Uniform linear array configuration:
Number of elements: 32
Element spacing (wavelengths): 0.5
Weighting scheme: hann
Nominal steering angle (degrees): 45
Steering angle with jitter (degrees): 43.475
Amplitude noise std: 0.05
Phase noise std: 0.05

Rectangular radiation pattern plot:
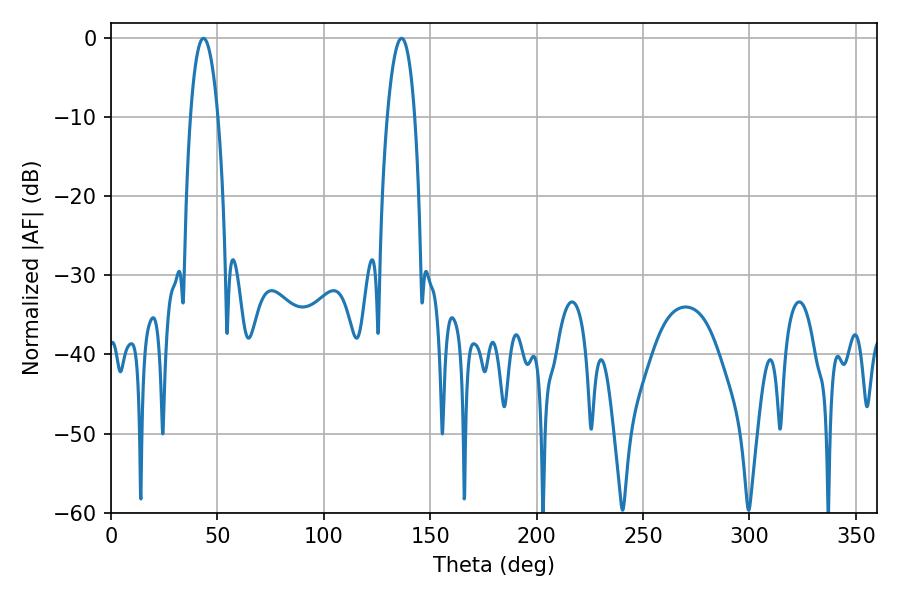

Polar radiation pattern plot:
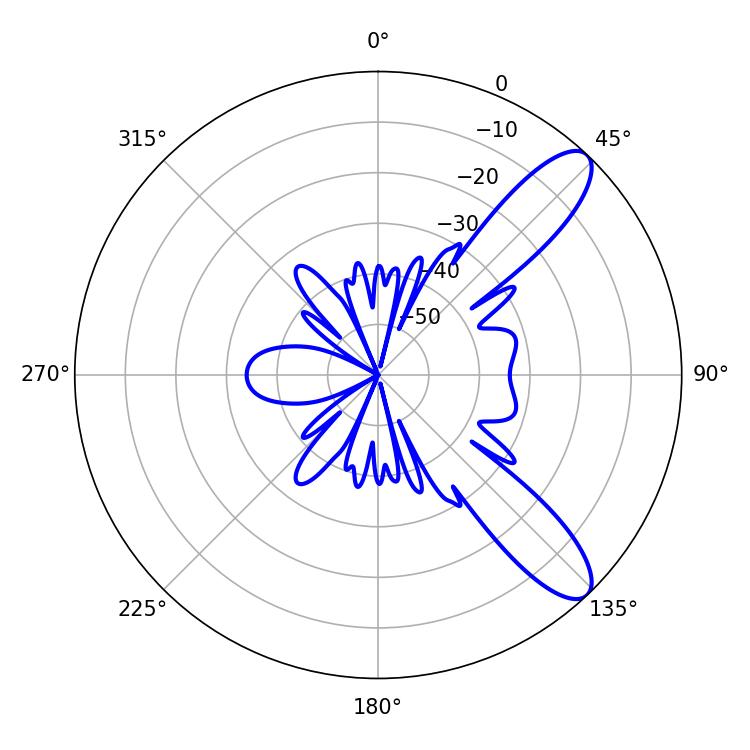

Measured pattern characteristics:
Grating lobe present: FALSE
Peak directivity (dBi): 10.325
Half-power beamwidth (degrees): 7.2
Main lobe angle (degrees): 43.38